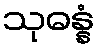
သုဓန္နံ